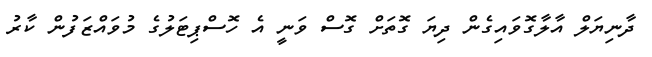
ދާނިޔަލް އާލާގޮވައިގެން ދިޔަ ގޮތަށް ގޮސް ވަނީ އެ ހޮސްޕިޓަލުގެ މުވައްޒަފުން ކާރު